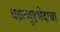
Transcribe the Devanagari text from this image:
चक्रव्यूहभेदाचा